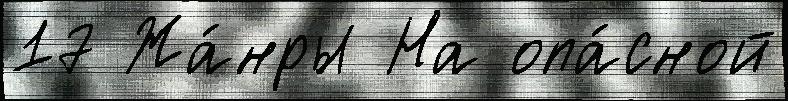
17 Жа́нры На опа́сной